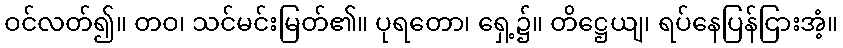
ဝင်လတ်၍။ တဝ၊ သင်မင်းမြတ်၏။ ပုရတော၊ ရှေ့၌။ တိဋ္ဌေယျ၊ ရပ်နေပြန်ငြားအံ့။